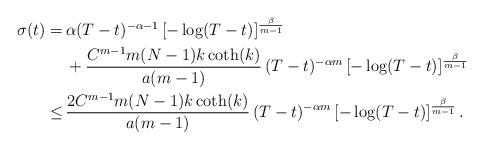
LaTeX: \begin{align*}\begin{aligned}\sigma(t) = & \, \alpha (T-t)^{-\alpha-1} \, [-\log(T-t)]^{\frac{\beta}{m-1}} \\ & \, + \frac{C^{m-1}m (N-1) k \coth(k) }{a(m-1)}\,(T-t)^{-\alpha m} \, [-\log(T-t)]^{\frac{\beta}{m-1}}\\\leq & \, \frac{ 2C^{m-1}m (N-1) k \coth(k) }{a(m-1)}\,(T-t)^{-\alpha m} \, [-\log(T-t)]^{\frac{\beta}{m-1}} \, .\end{aligned}\end{align*}